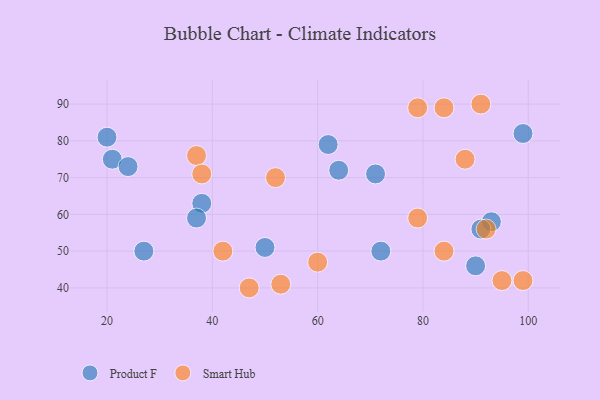
{"axis": {"x": "GDP", "y": "Life Expectancy"}, "legend": ["Product F", "Smart Hub"], "data": [{"x": "90", "y": 46, "type": "Product F"}, {"x": "50", "y": 51, "type": "Product F"}, {"x": "72", "y": 50, "type": "Product F"}, {"x": "93", "y": 58, "type": "Product F"}, {"x": "71", "y": 71, "type": "Product F"}, {"x": "38", "y": 63, "type": "Product F"}, {"x": "62", "y": 79, "type": "Product F"}, {"x": "20", "y": 81, "type": "Product F"}, {"x": "27", "y": 50, "type": "Product F"}, {"x": "21", "y": 75, "type": "Product F"}, {"x": "99", "y": 82, "type": "Product F"}, {"x": "64", "y": 72, "type": "Product F"}, {"x": "91", "y": 56, "type": "Product F"}, {"x": "24", "y": 73, "type": "Product F"}, {"x": "37", "y": 59, "type": "Product F"}, {"x": "91", "y": 90, "type": "Smart Hub"}, {"x": "37", "y": 76, "type": "Smart Hub"}, {"x": "52", "y": 70, "type": "Smart Hub"}, {"x": "42", "y": 50, "type": "Smart Hub"}, {"x": "79", "y": 59, "type": "Smart Hub"}, {"x": "84", "y": 89, "type": "Smart Hub"}, {"x": "95", "y": 42, "type": "Smart Hub"}, {"x": "47", "y": 40, "type": "Smart Hub"}, {"x": "84", "y": 50, "type": "Smart Hub"}, {"x": "88", "y": 75, "type": "Smart Hub"}, {"x": "99", "y": 42, "type": "Smart Hub"}, {"x": "79", "y": 89, "type": "Smart Hub"}, {"x": "38", "y": 71, "type": "Smart Hub"}, {"x": "53", "y": 41, "type": "Smart Hub"}, {"x": "60", "y": 47, "type": "Smart Hub"}, {"x": "92", "y": 56, "type": "Smart Hub"}]}